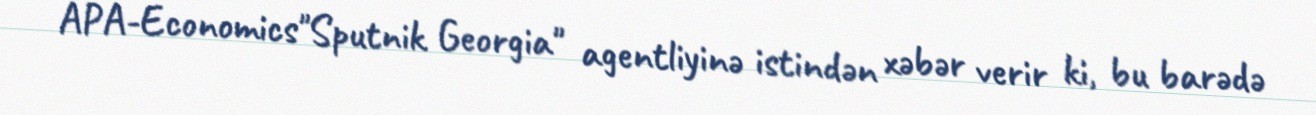
APA-Economics"Sputnik Georgia" agentliyinə istindən xəbər verir ki, bu barədə